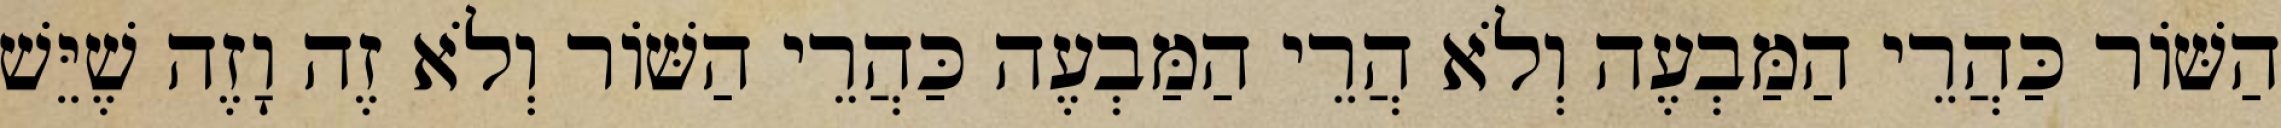
הַשּׁוֹר כַּהֲרֵי הַמַּבְעֶה וְלֹא הֲרֵי הַמַּבְעֶה כַּהֲרֵי הַשּׁוֹר וְלֹא זֶה וָזֶה שֶׁיֵּשׁ